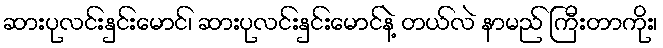
ဆားပုလင်းနှင်းမောင်၊ ဆားပုလင်းနှင်းမောင်နဲ့ တယ်လဲ နာမည် ကြီးတာကိုး၊